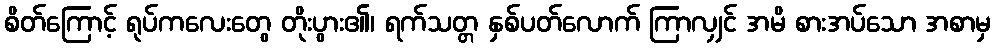
စိတ်ကြောင့် ရုပ်ကလေးတွေ တိုးပွား၏၊ ရက်သတ္တ နှစ်ပတ်လောက် ကြာလျှင် အမိ စားအပ်သော အစာမှ